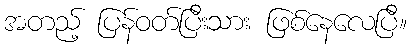
အတည့် ပြန်ဝတ်ပြီးသား ဖြစ်နေလေပြီ။